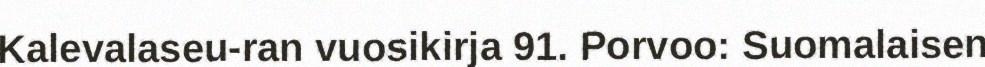
Kalevalaseu-ran vuosikirja 91. Porvoo: Suomalaisen